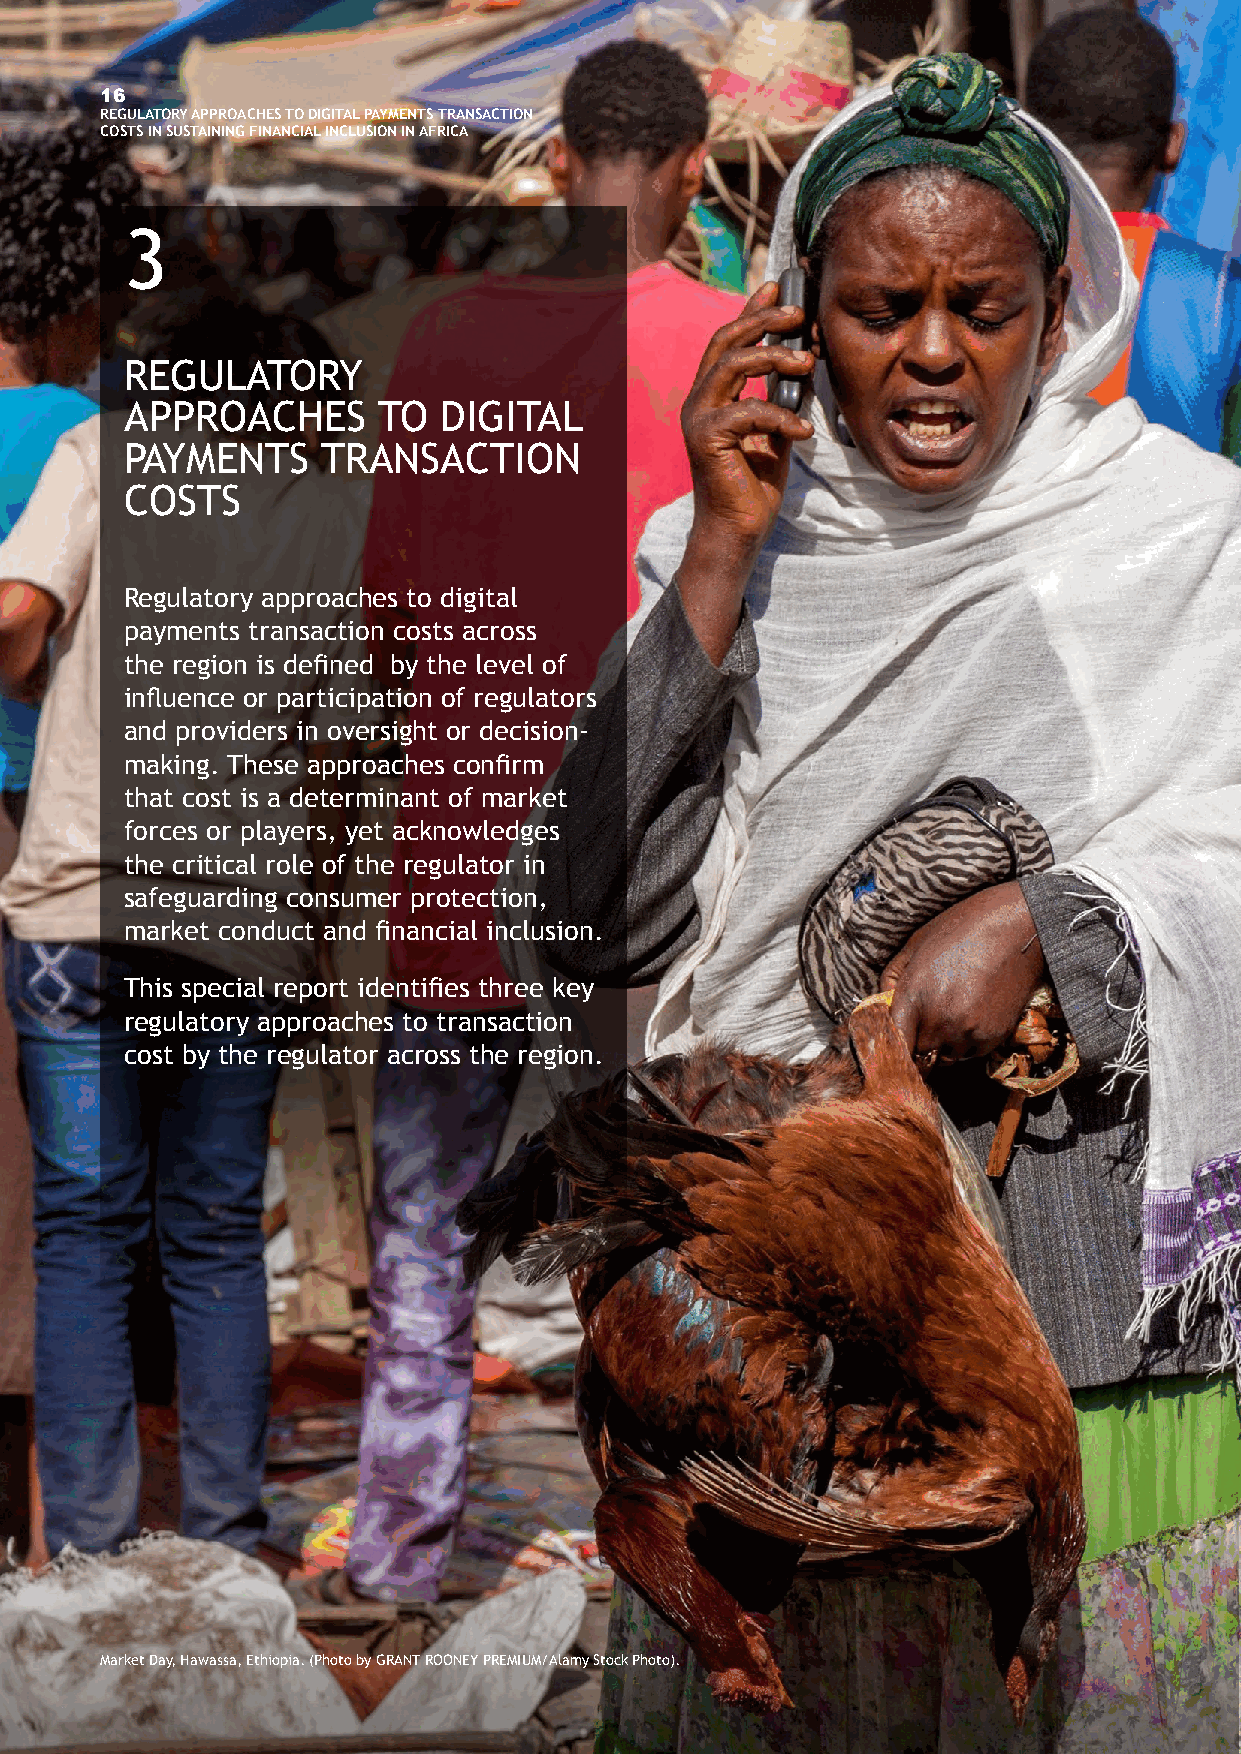
16
 REGULATORY APPROACHES TO DIGITAL PAYMENTS TRANSACTION
 COSTS IN SUSTAINING FINANCIAL INCLUSION IN AFRICA
 3
 REGULATORY
 APPROACHES       TO  DIGITAL
 PAYMENTS     TRANSACTION
 COSTS
 Regulatory approaches to digital
 payments transaction costs across
 the region is defined by the level of
 influence or participation of regulators
 and providers in oversight or decision-
 making. These approaches confirm
 that cost is a determinant of market
 forces or players, yet acknowledges
 the critical role of the regulator in
 safeguarding consumer protection,
 market conduct and financial inclusion.
 This special report identifies three key
 regulatory approaches to transaction
 cost by the regulator across the region.
 Market Day, Hawassa, Ethiopia. (Photo by GRANT ROONEY PREMIUM/Alamy Stock Photo).